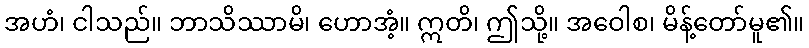
အဟံ၊ ငါသည်။ ဘာသိဿာမိ၊ ဟောအံ့။ ဣတိ၊ ဤသို့။ အဝေါစ၊ မိန့်တော်မူ၏။